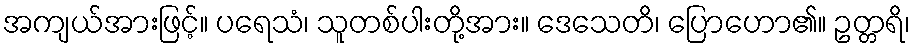
အကျယ်အားဖြင့်။ ပရေသံ၊ သူတစ်ပါးတို့အား။ ဒေသေတိ၊ ပြောဟော၏။ ဥတ္တရိ၊